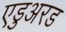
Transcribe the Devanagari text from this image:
एडुअरड